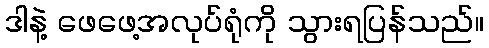
ဒါနဲ့ ဖေဖေ့အလုပ်ရုံကို သွားရပြန်သည်။